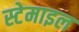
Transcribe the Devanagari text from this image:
स्टेमाइल